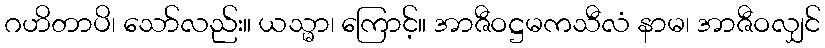
ဂဟိတာပိ၊ သော်လည်း။ ယသ္မာ၊ ကြောင့်။ အာဇီဝဋ္ဌမကသီလံ နာမ၊ အာဇီဝလျှင်